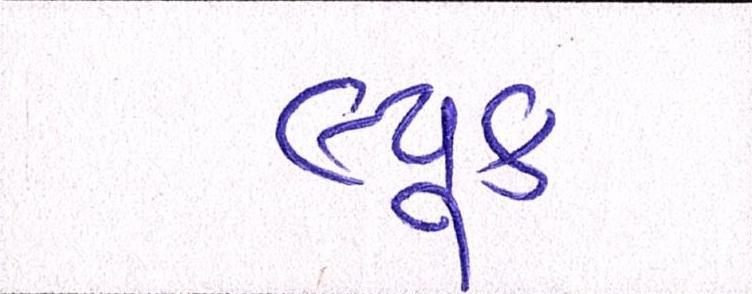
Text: લ્યૂક